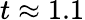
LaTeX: t\approx 1.1